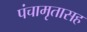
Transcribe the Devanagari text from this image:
पंचामृतासह